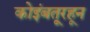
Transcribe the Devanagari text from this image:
कोइंबतूरहून